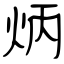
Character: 炳